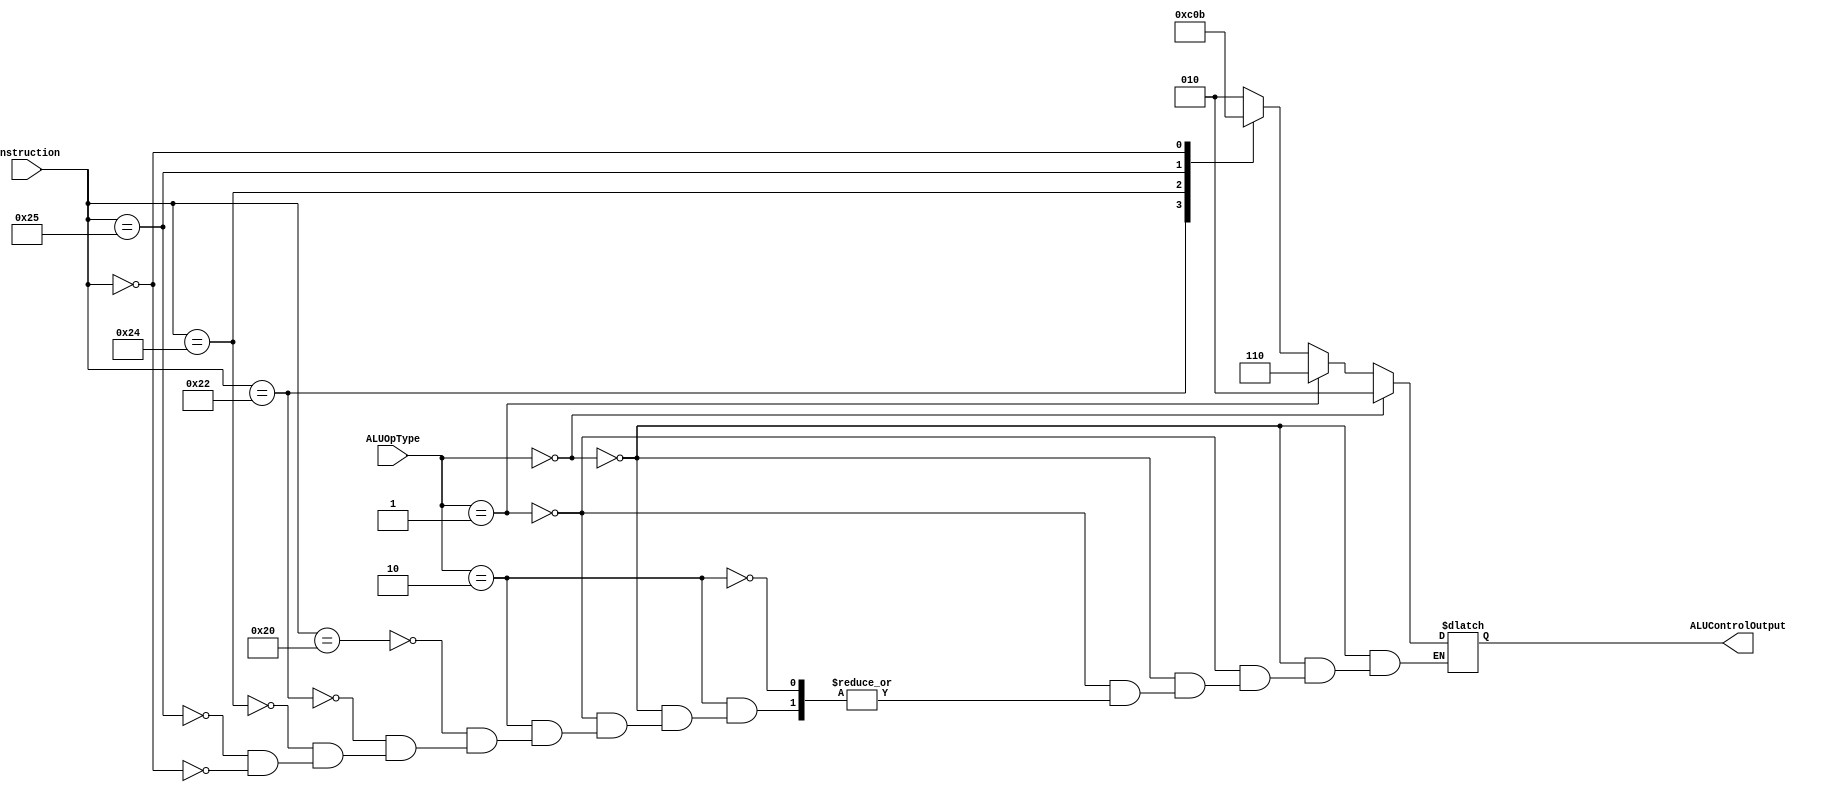
module ALUControl (Instruction,ALUOpType,ALUControlOutput);


//---------------//
//--InputPorts--//
//-------------//

input [5:0] Instruction; //Function Used
input [1:0] ALUOpType; //Output from Control Unit

//---------------------------------------------------------------//

//----------------//
//--OutputPorts--//
//--------------//

output [2:0] ALUControlOutput; //Output from ALU Control and Input to ALU

//---------------------------------------------------------------//

//----------------//
//---Temp Reg----//
//--------------//

reg [2:0] result;

assign ALUControlOutput = result;

//--------------------------------------------------------------//
always@ (Instruction or ALUOpType )
begin

		     //--ALUOp--// //--Operation--/    //--Function--//

	if (ALUOpType == 2'b00)  // Load Or Store
		begin
			result = 3'b010;                 // Add
		end
	else if(ALUOpType == 2'b01) //Beq
		begin
			result = 3'b110;                 // Sub
		end
	else if(ALUOpType == 2'b10) //Arithmetic
		begin
			case (Instruction)
			    //---Instruction---//   //--Output--//      //--Function--//
				6'b100000:
					begin
						result = 3'b010;             // Add
					end
				6'b100010: 
					begin
     						result = 3'b110; 	     // Sub
					end
				6'b100100:
					begin
						result = 3'b000;             // And
					end
				6'b100101:
					begin
						result = 3'b001;             // Or
					end
				6'b000000:
					begin
						result = 3'b011;            // Sll (Shift Left Logically)
					end

			endcase
		end
	

end


endmodule